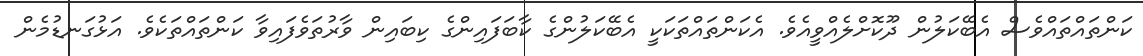
ކަންތައްތައްވެސް އެބޭކަލުން ދޫކޮށްލެއްވީއެވެ. އެކަންތައްތަކަކީ އެބޭކަލުންގެ ކާބަފައިންގެ ކިބައިން ވާރުތަވެފައިވާ ކަންތައްތަކެވެ. އަޅުގަނޑުމެން